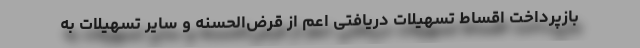
بازپرداخت اقساط تسهیلات دریافتی اعم از قرض‌الحسنه و سایر تسهیلات به